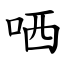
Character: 哂